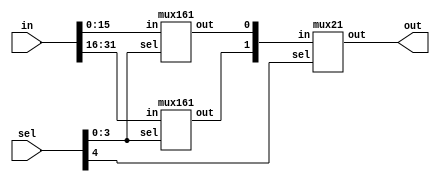
`timescale 1ns / 1ps
//////////////////////////////////////////////////////////////////////////////////
// Company: 
// Engineer: 
// 
// Design Name: 
// Module Name: mux161
// Project Name: 
// Target Devices: 
// Tool Versions: 
// Description: 
// 
// Dependencies: 
// 
// Revision:
// Revision 0.01 - File Created
// Additional Comments:
// 
//////////////////////////////////////////////////////////////////////////////////
module mux321(in,sel,out);
input [31:0]in;
input [4:0]sel;
output out;
wire [1:0]t;
mux161 M0(in[15:0],sel[3:0],t[0]);
mux161 M1(in[31:16],sel[3:0],t[1]);
mux21 M3(t,sel[4],out);
endmodule

module mux161(in,sel,out);
input [15:0]in;
input [3:0]sel;
output out;
wire [3:0]t;
mux41 M0(in[3:0],sel[3:2],t[0]);
mux41 M1(in[7:4],sel[3:2],t[1]);
mux41 M2(in[11:8],sel[3:2],t[2]);
mux41 M3(in[15:12],sel[3:2],t[3]);
mux41 M4(t,sel[1:0],out);
endmodule

module mux41(in,sel,out);
input [3:0]in;
input [1:0]sel;
output out;
wire [1:0]t;
mux21 M0(in[1:0],sel[1],t[0]);
mux21 M1(in[3:2],sel[1],t[1]);
mux21 M2(t,sel[0],out);
endmodule

module mux21(in,sel,out);
input [1:0]in;
input sel;
output out;
assign out = in[sel];
endmodule